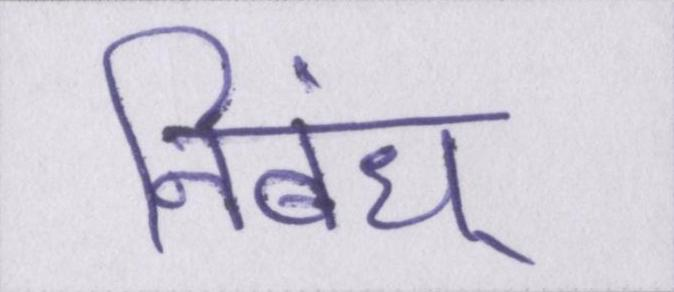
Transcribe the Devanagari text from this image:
निबंध्